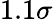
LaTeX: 1.1\sigma